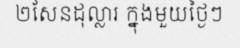
២សែនដុល្លារ ក្នុងមួយថ្ងៃៗ